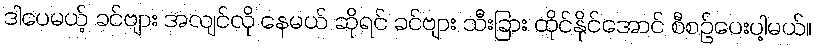
ဒါပေမယ့် ခင်ဗျား အလျင်လို နေမယ် ဆိုရင် ခင်ဗျား သီးခြား ထိုင်နိုင်အောင် စီစဉ်ပေးပါ့မယ်။